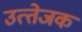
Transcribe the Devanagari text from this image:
उत्‍तेजक